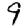
Digit: 9